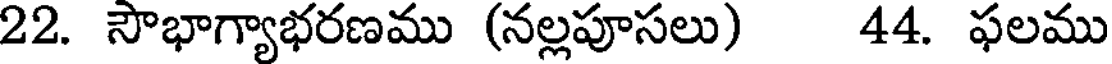
22. సౌభాగ్యాభరణము (నల్లపూసలు) 44. ఫలము